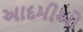
આદમીઓ